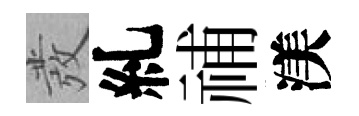
發糺𥙷渼